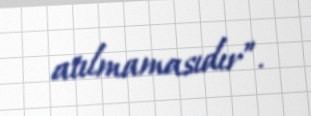
atılmamasıdır”.